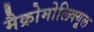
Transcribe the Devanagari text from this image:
मैक्रोमोलिक्यूल